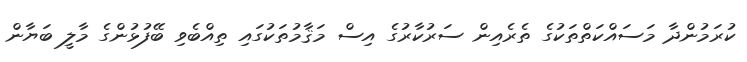
ކުރަމުންދާ މަސައްކަތްތަކުގެ ތެރެއިން ސަރުކާރުގެ އިސް މަޤާމުތަކުގައި ތިއްބެވި ބޭފުޅުންގެ މާލީ ބަޔާން